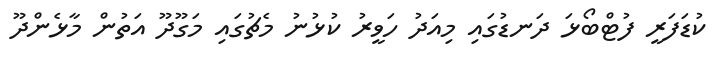
ކުޑަފަރީ ފުޓްބޯޅަ ދަނޑުގައި މިއަދު ހަވީރު ކުޅުނު މެޗުގައި މަގޫދޫ އަތުން މާޅެންދޫ